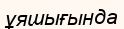
ұяшығында